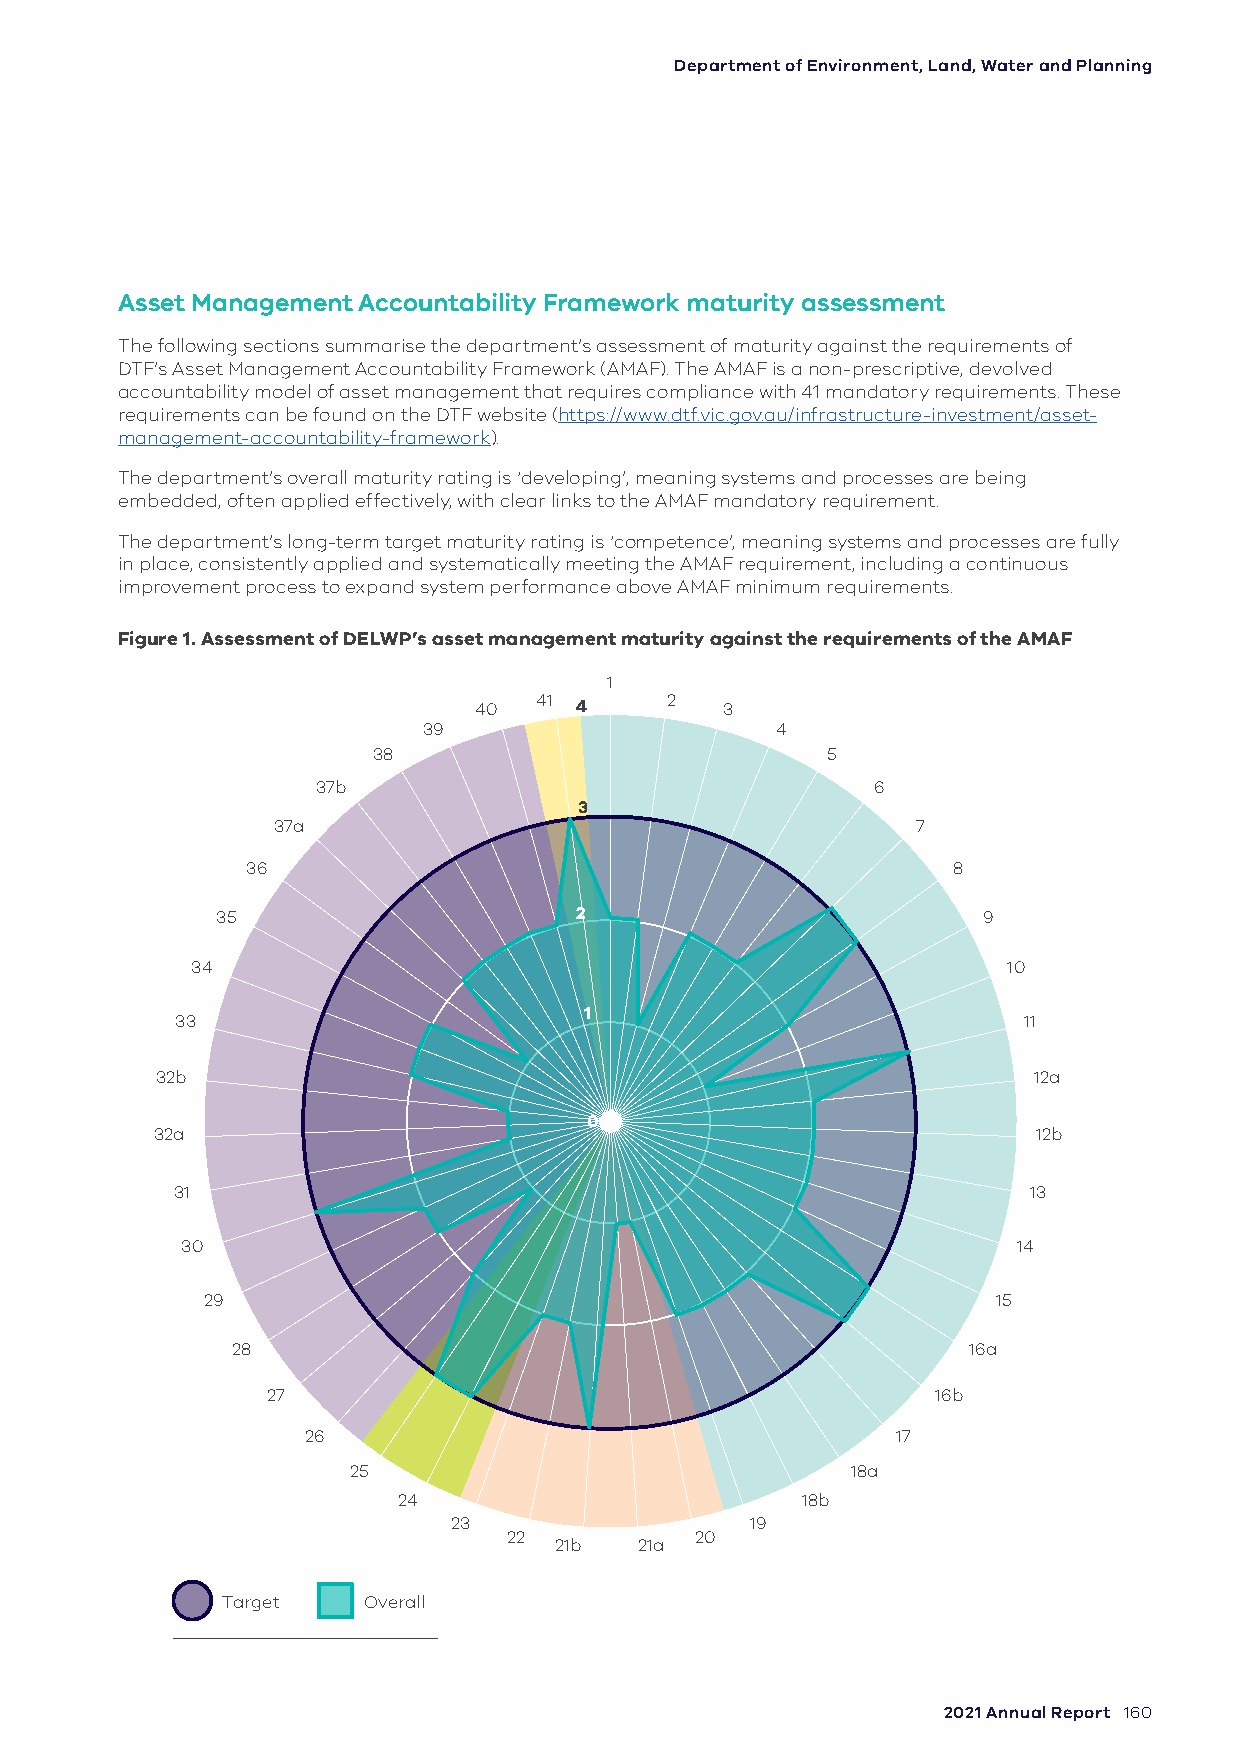
Department of Environment, Land, Water and Planning
 Asset Management Accountability Framework maturity assessment
 The following sections summarise the department’s assessment of maturity against the requirements of
 DTF’s Asset Management Accountability Framework (AMAF). The AMAF is a non-prescriptive, devolved
 accountability model of asset management that requires compliance with 41 mandatory requirements. These
 requirements can be found on the DTF website (https://www.dtf.vic.gov.au/infrastructure-investment/asset-
 management-accountability-framework).
 The department’s overall maturity rating is ‘developing’, meaning systems and processes are being
 embedded, often applied effectively, with clear links to the AMAF mandatory requirement.
 The department’s long-term target maturity rating is ‘competence’, meaning systems and processes are fully
 in place, consistently applied and systematically meeting the AMAF requirement, including a continuous
 improvement process to expand system performance above AMAF minimum requirements.
 Figure 1. Assessment of DELWP’s asset management maturity against the requirements of the AMAF
 1
 41       2
 40     4         3
 39                     4
 38                            5
 37b                                  6
 3
 37a                                        7
 36                                             8
 35                      2                          9
 34                                                    10
 1
 33                                                      11
 32b                                                       12a
 0
 32a                                                        12b
 31                                                       13
 30                                                     14
 29                                                   15
 28                                               16a
 27                                          16b
 26                                     17
 25                               18a
 24                         18b
 23                  19
 22          20
 21b  21a
 Target   Overall
 Leadership and
 Planning   Acquisition Operation  Disposal
 accountability
 2021 Annual Report 160